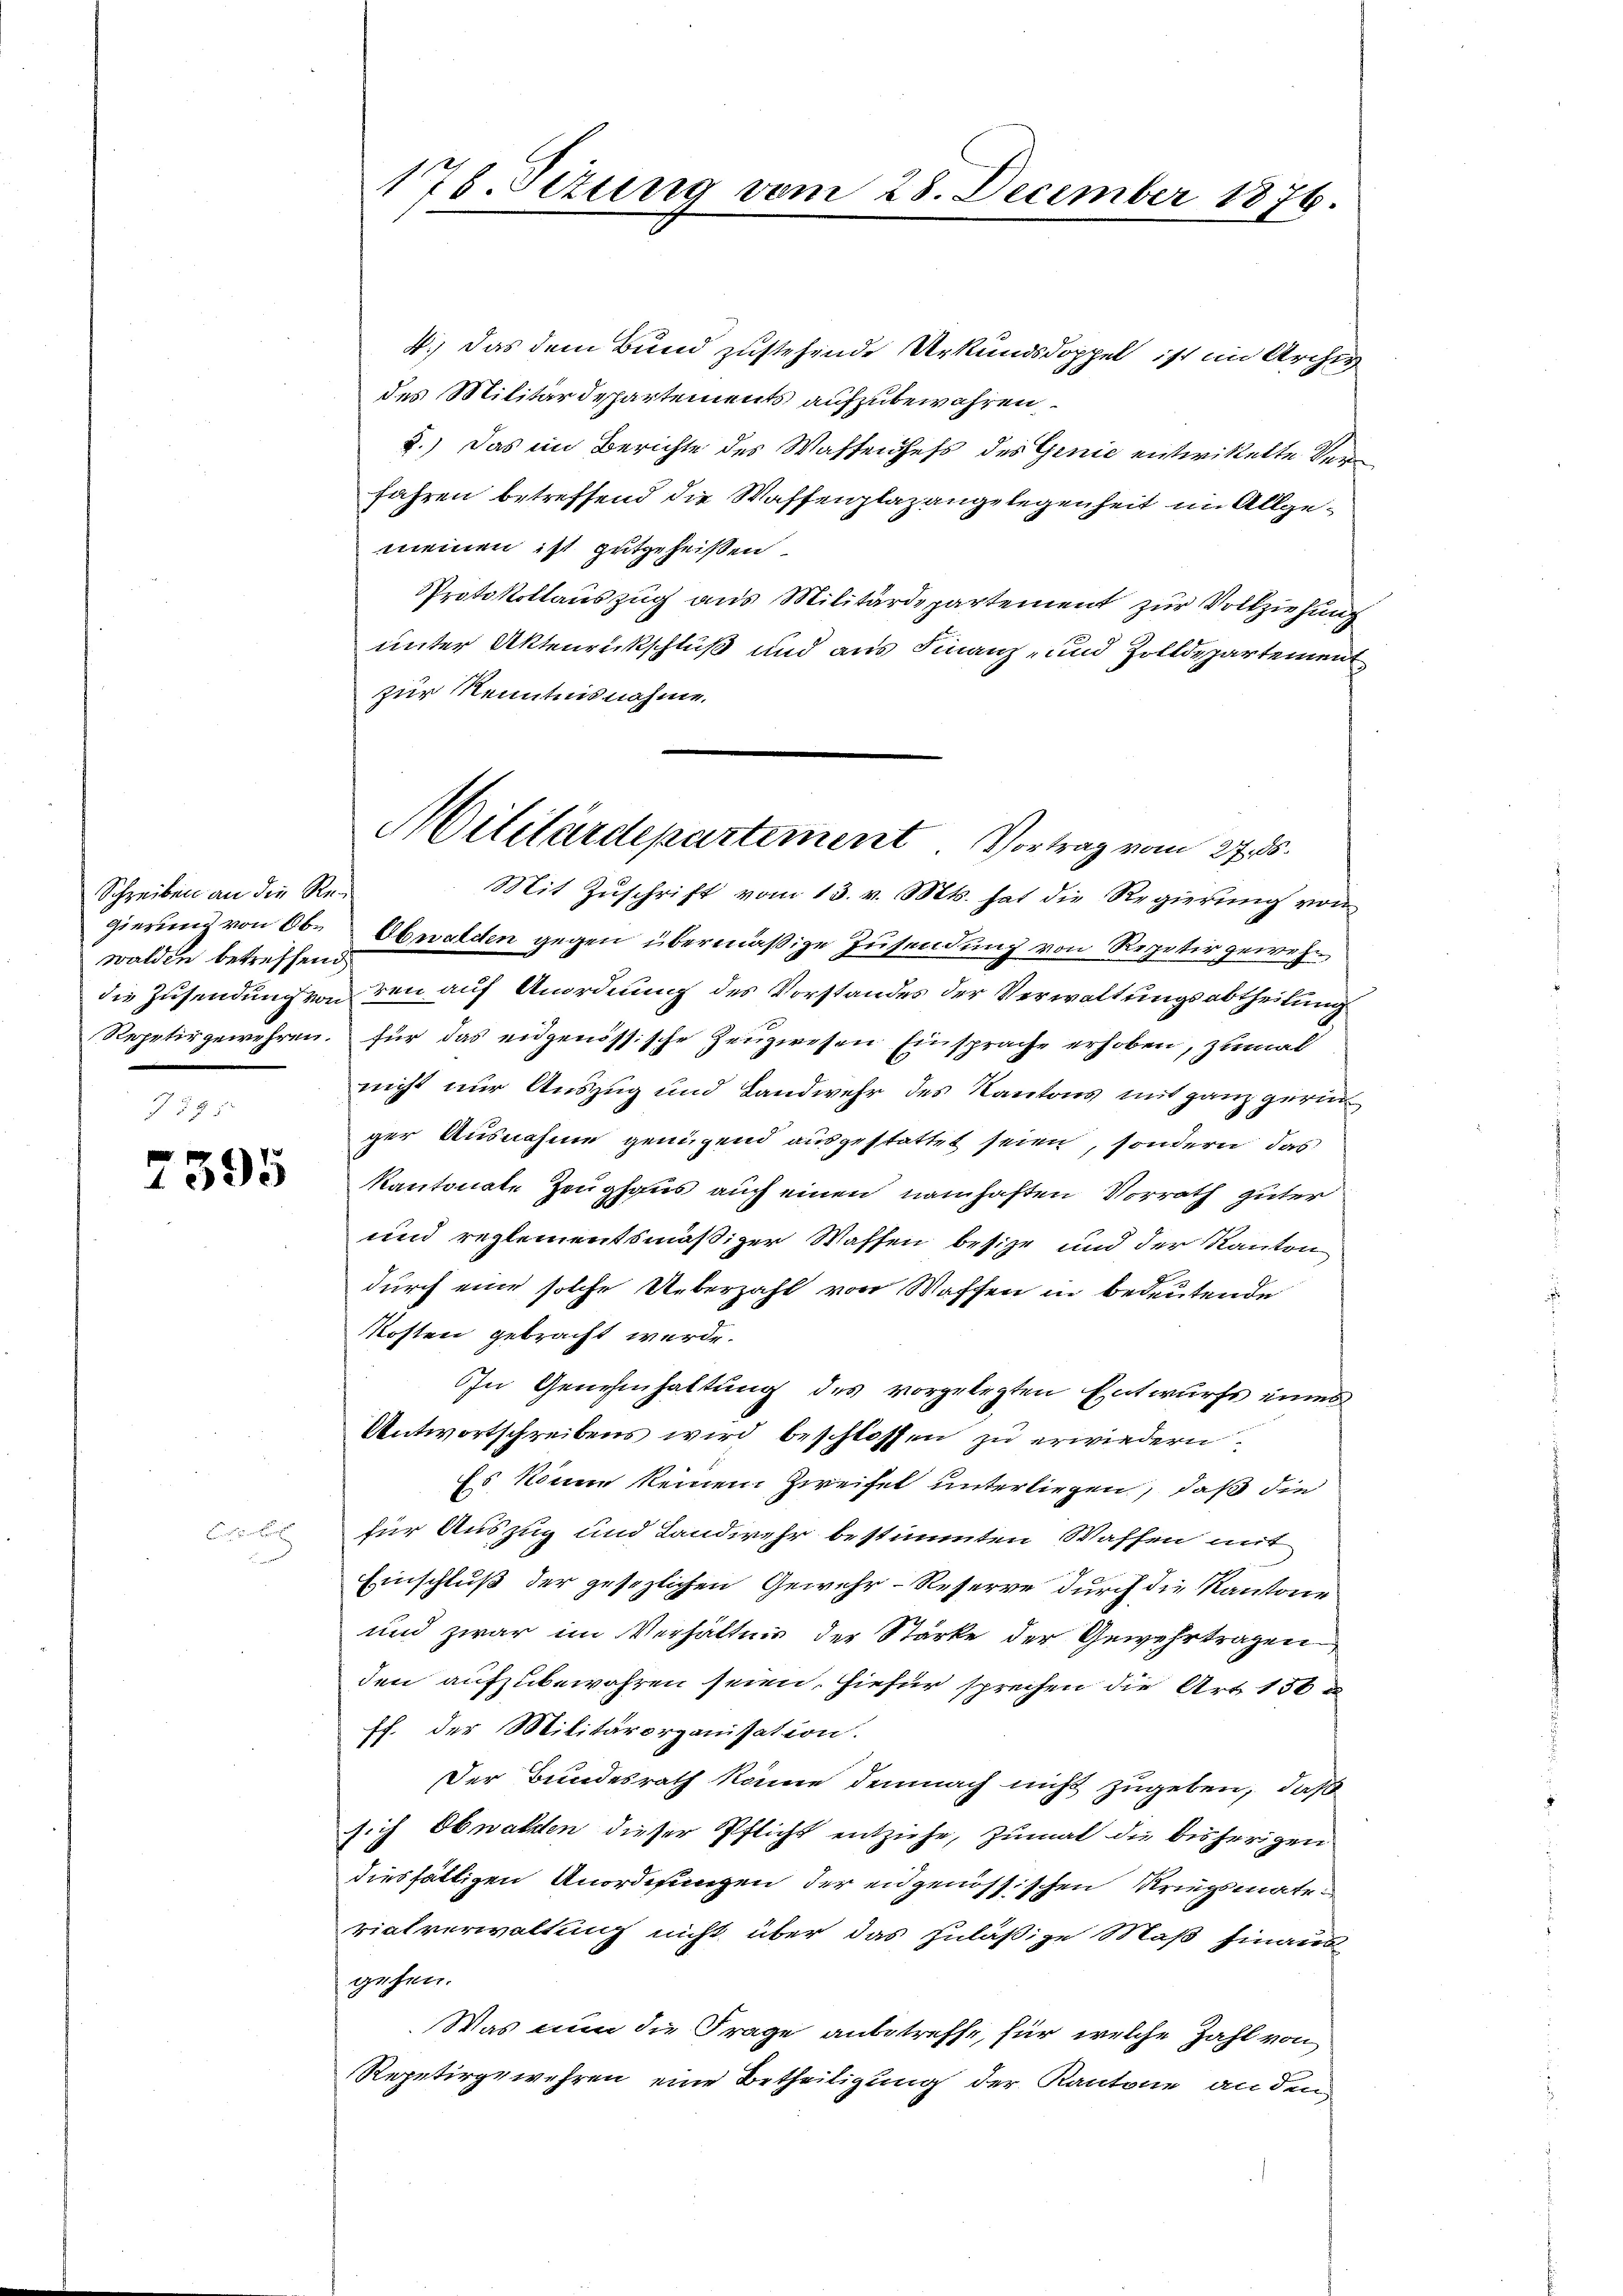
Schreiben an die Rewalden betreffend
Repetir gewehren.

7395

176. Seizung v
e

4.) Das dem Bund zustehende Urkundsdoppel ist im Archiv
des Militärdepartements aufzubewahren.
2.) Das in Berichte des Waffenhefs des Genie entwickelte Verfahren betreffend die Waffenplazangelegenheit im Allgemeinen ist gutgeheißen.
Protokollauszug aus Militärdepartement zur Vollziehung
unter Aktenrückschluß und aus Finanz- und Zolldepartement
zur Kenntnisnahme.
Mit Zŭschrift vom 13. v. Mts. hat die Regierŭng von
gierung von Ob. Obwalden gegen übermäßige Zusendung von Repetir gewehdie Zusendung von den auf Anordnung des Vorstandes der Verwaltungsabtheilung
für das eidgenössische Zeugwesen Einsprache erhoben, zumal
nicht nur Auszug und Landwehr des Kantons mit ganz geric
ger Ausnahme genügend ausgestattet seien, sondern das
Kantonate Zeughaus auch einen namhaften Vorrath guter
und reglementsmäßiger Wassen besize und der Kanton
durch eine solche Ueberzahl von Waffen in bedeutende
Kosten gebracht werde.
In Genehmhaltung des vorgelegten Entwurfs eines
Antwortschreibens wird beschlossen zu erwiedern
Es könne keinem Zweifel unterliegen, daß die
für Auszug und Landwehr bestimmten Waffen mit
Einschluß der gesezlichen Gewehr-Reserve durch die Kantone
und zwar im Verhältnis der Starke der Gewehrtragen
den aufzubewahren seien, hiefür sprechen die Art 156 u
ff. der Militärorganisation.
Der Bundesrath könne demnach nicht zugeben, daß
sich Obwalden dieser Pflicht entziehe, zumal die bisherigen
diesfältigen Anordnungen der eidgenössischen Kriegsmate
vialverwaltung nicht über das zuläßige Maß hinaus
gehen.
Was nun die Frage anbetreffe, für welche Zahl von
Repetirgewehren eine Betheiligung der Kantone an den

1297

28. December

Militärdepartement. Vortrag vom 27. ds.

1874.